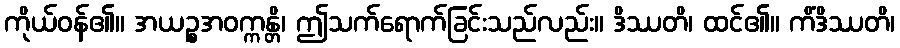
ကိုယ်ဝန်၏။ အယဉ္စအဝက္ကန္တိ၊ ဤသက်ရောက်ခြင်းသည်လည်း။ ဒိဿတိ၊ ထင်၏။ ကိံဒိဿတိ၊